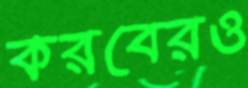
করবেরও